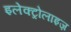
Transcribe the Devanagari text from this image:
इलेक्ट्रोलाइज़